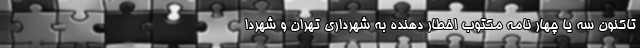
تاکنون سه یا چهار نامه مکتوب اخطار دهنده به شهرداری تهران و شهردا